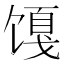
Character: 𬳎